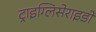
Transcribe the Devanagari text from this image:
ट्राइग्लिसेराइडों